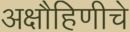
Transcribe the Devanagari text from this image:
अक्षौहिणीचे